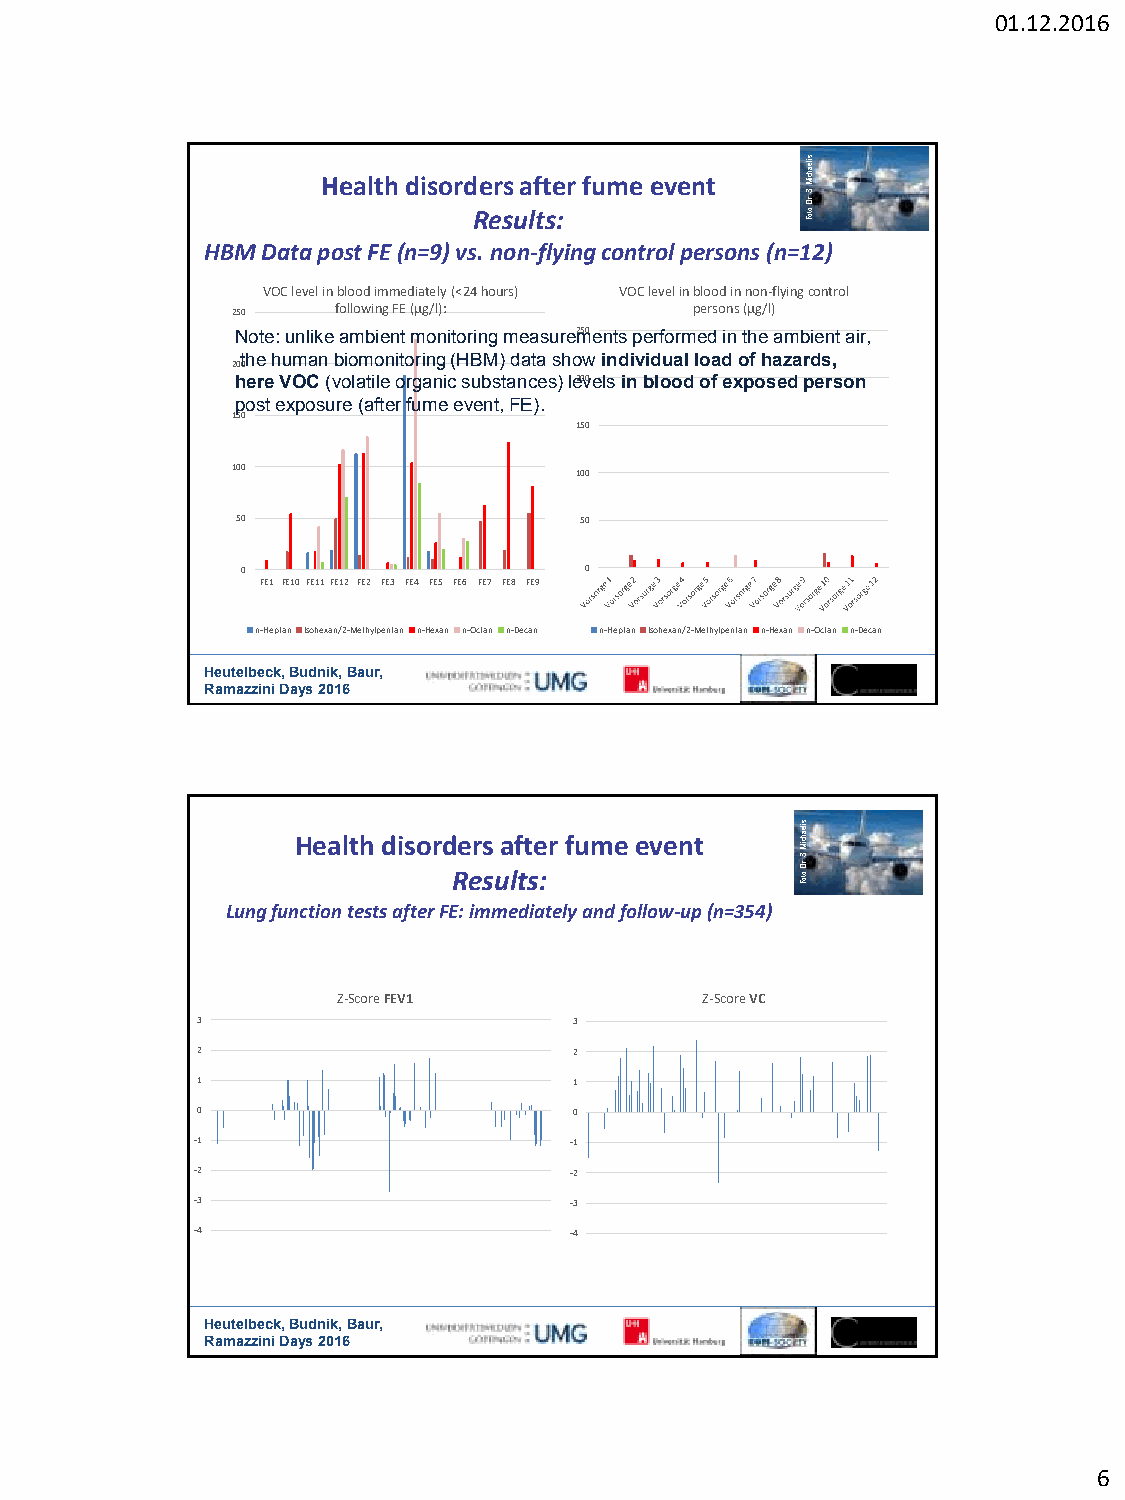
01.12.2016
 Health disord Re er ss
 u
 a lf tt se
 :
 r fume event
 sileahciM
 .S
 .rD
 :otoF
 HBM Data post FE (n=9) vs. non-flying control persons (n=12)
 VOC level in blood immediately (<24 hours) VOC level in blood in non-flying control
 250    following FE (µg/l):    persons (µg/l)
 Note: unlike ambient monitoring measure2m50 ents performed in the ambient air,
 the human biomonitoring (HBM) data show individual load of hazards,
 200
 here VOC (volatile organic substances) le20v0 els in blood of exposed person
 post exposure (after fume event, FE).
 150
 150
 100                    100
 50                    50
 0                      0
 FE1 FE10 FE11 FE12 FE2 FE3 FE4 FE5 FE6 FE7 FE8 FE9
 n-Heptan Isohexan/2-Methylpentan n-Hexan n-Octan n-Decan n-Heptan Isohexan/2-Methylpentan n-Hexan n-Octan n-Decan
 Heutelbeck, Budnik, Baur,
 Ramazzini Days 2016
 Health disord Re er ss
 u
 a lf tt se
 :
 r fume event
 sileahciM
 .S
 .rD
 :otoF
 Lung function tests after FE: immediately and follow-up (n=354)
 Z-Score FEV1             Z-Score VC
 3                        3
 2                        2
 1                        1
 0                        0
 -1                       -1
 -2                       -2
 -3                       -3
 -4                       -4
 Heutelbeck, Budnik, Baur,
 Ramazzini Days 2016
 6